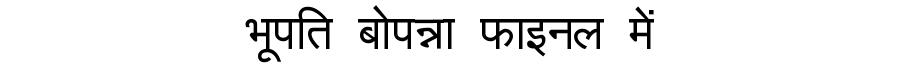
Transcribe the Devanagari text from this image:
भूपति बोपन्ना फाइनल में